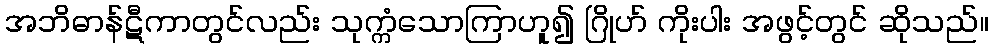
အဘိဓာန်ဋီကာတွင်လည်း သုက္ကံသောကြာဟူ၍ ဂြိုဟ် ကိုးပါး အဖွင့်တွင် ဆိုသည်။